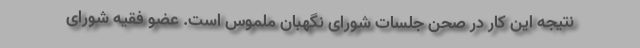
نتیجه این کار در صحن جلسات شورای نگهبان ملموس است. عضو فقیه شورای